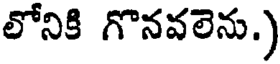
లోనికి గొనవలెను.)